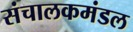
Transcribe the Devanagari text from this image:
संचालकमंडल